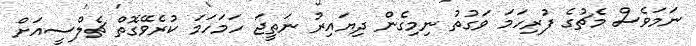
ނަމަވެސް މެޗުގެ ފުރިހަމަ ވަގުތު ނިމިގެން ދިޔައިރު ނަތީޖަ ހަމަހަމަ ކުރެވޭގޮތް ޗެލްސީއަށް